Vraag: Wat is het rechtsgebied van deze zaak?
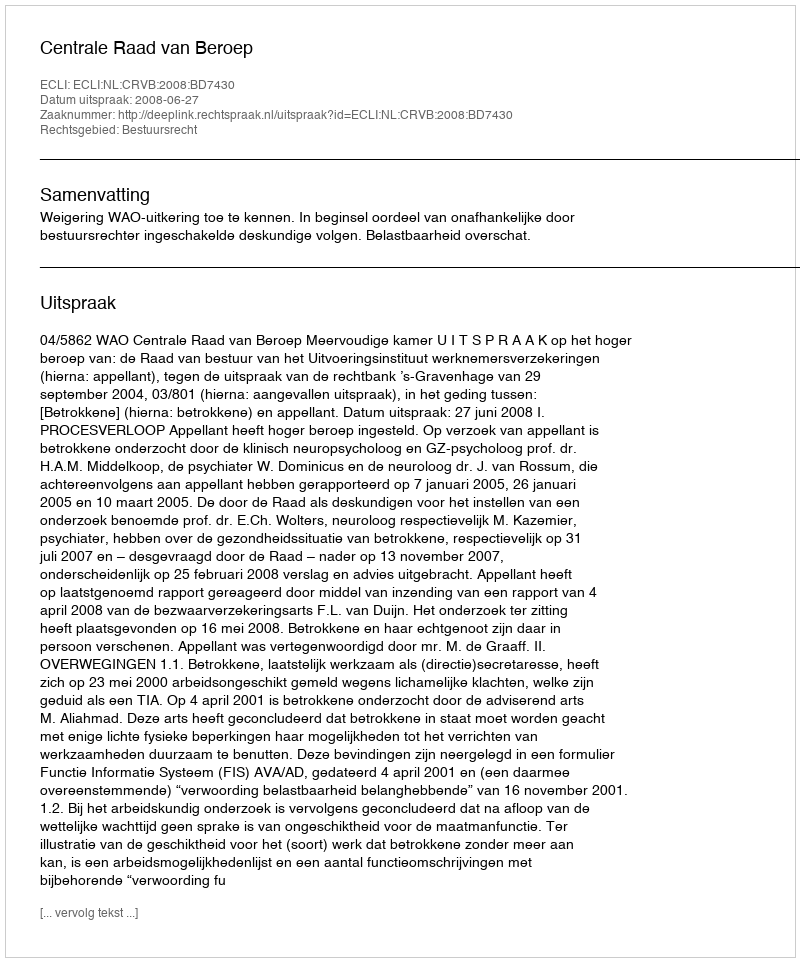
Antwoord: Bestuursrecht